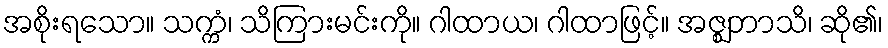
အစိုးရသော။ သက္ကံ၊ သိကြားမင်းကို။ ဂါထာယ၊ ဂါထာဖြင့်။ အဇ္ဈဘာသိ၊ ဆို၏၊